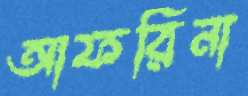
আফরিনা